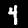
Digit: 4